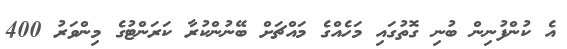
އެ ކުންފުނިން ބުނި ގޮތުގައި މަހެއްގެ މައްޗަށް ބޭނުންކުރާ ކަރަންޓުގެ މިންވަރު 400